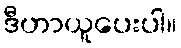
ဒီဟာယူပေးပါ။